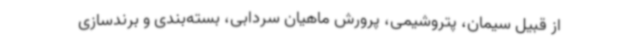
از قبیل سیمان، پتروشیمی، پرورش ماهیان سردابی، بسته‌بندی و برندسازی